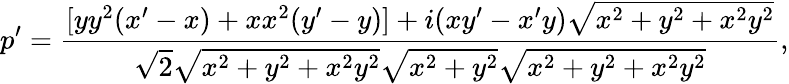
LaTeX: p^{\prime}={\frac{[yy^{2}(x^{\prime}-x)+xx^{2}(y^{\prime}-y)]+i(xy^{\prime}-x^{\prime}y){\sqrt{x^{2}+y^{2}+x^{2}y^{2}}}}{{\sqrt{2}}{\sqrt{x^{2}+y^{2}+x^{2}y^{2}}}{\sqrt{x^{2}+y^{2}}}{\sqrt{x^{2}+y^{2}+x^{2}y^{2}}}}},